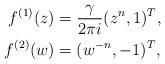
LaTeX: \begin{align*} f^{(1)}(z) & = \frac{\gamma}{2\pi i}(z^n,1)^T, \\ f^{(2)}(w) & = (w^{-n},-1)^T,\end{align*}